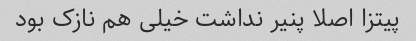
پیتزا اصلا پنیر نداشت خیلی هم نازک بود